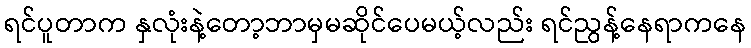
ရင်ပူတာက နှလုံးနဲ့တော့ဘာမှမဆိုင်ပေမယ့်လည်း ရင်ညွန့်နေရာကနေ